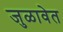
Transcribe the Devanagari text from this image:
जुळावेत